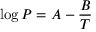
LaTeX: \log P = A - { \frac { B } { T } }